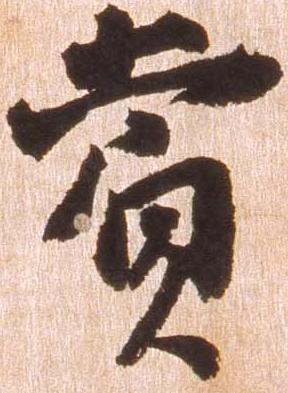
賞